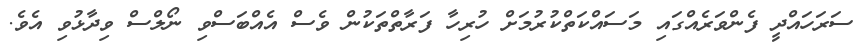
ސަރަހައްދީ ފެންވަރެއްގައި މަސައްކަތްކުރުމަށް ހުރިހާ ފަރާތްތަކުން ވެސް އެއްބަސްވި ނޯލްސް ވިދާޅުވި އެވެ.